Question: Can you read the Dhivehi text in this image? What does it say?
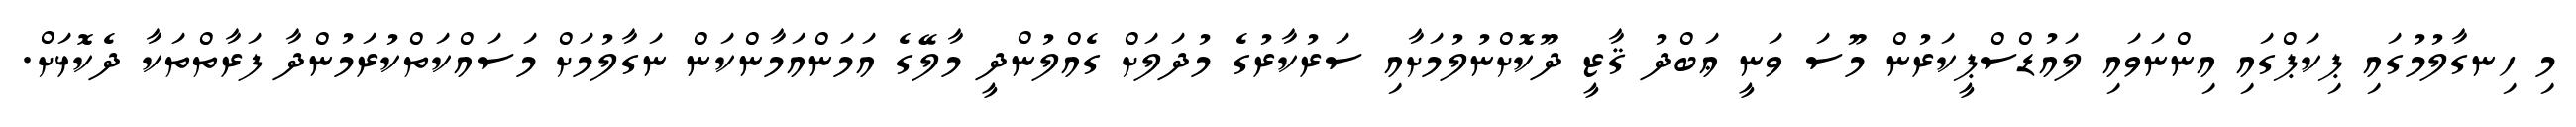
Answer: މި ހިނގާލުމުގައި ޕިކަޕްގައި އިންނަވައި ލައުޑްސްޕީކަރުން މޫސަ ވަނީ ޢަބްދު ޤާޒީ ދޫކޮށްނުލުމަށާއި ސަރުކާރުގެ މުދަލަށް ގެއްލުންދީ މާލޭގެ އަމަންއަމާންކަން ނަގާލުމަށް މަސައްކަތްކުރަމުންދާ ފަރާތްތަކާ ދެކޮޅަށް.